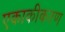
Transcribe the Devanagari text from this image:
एकाकीकरण